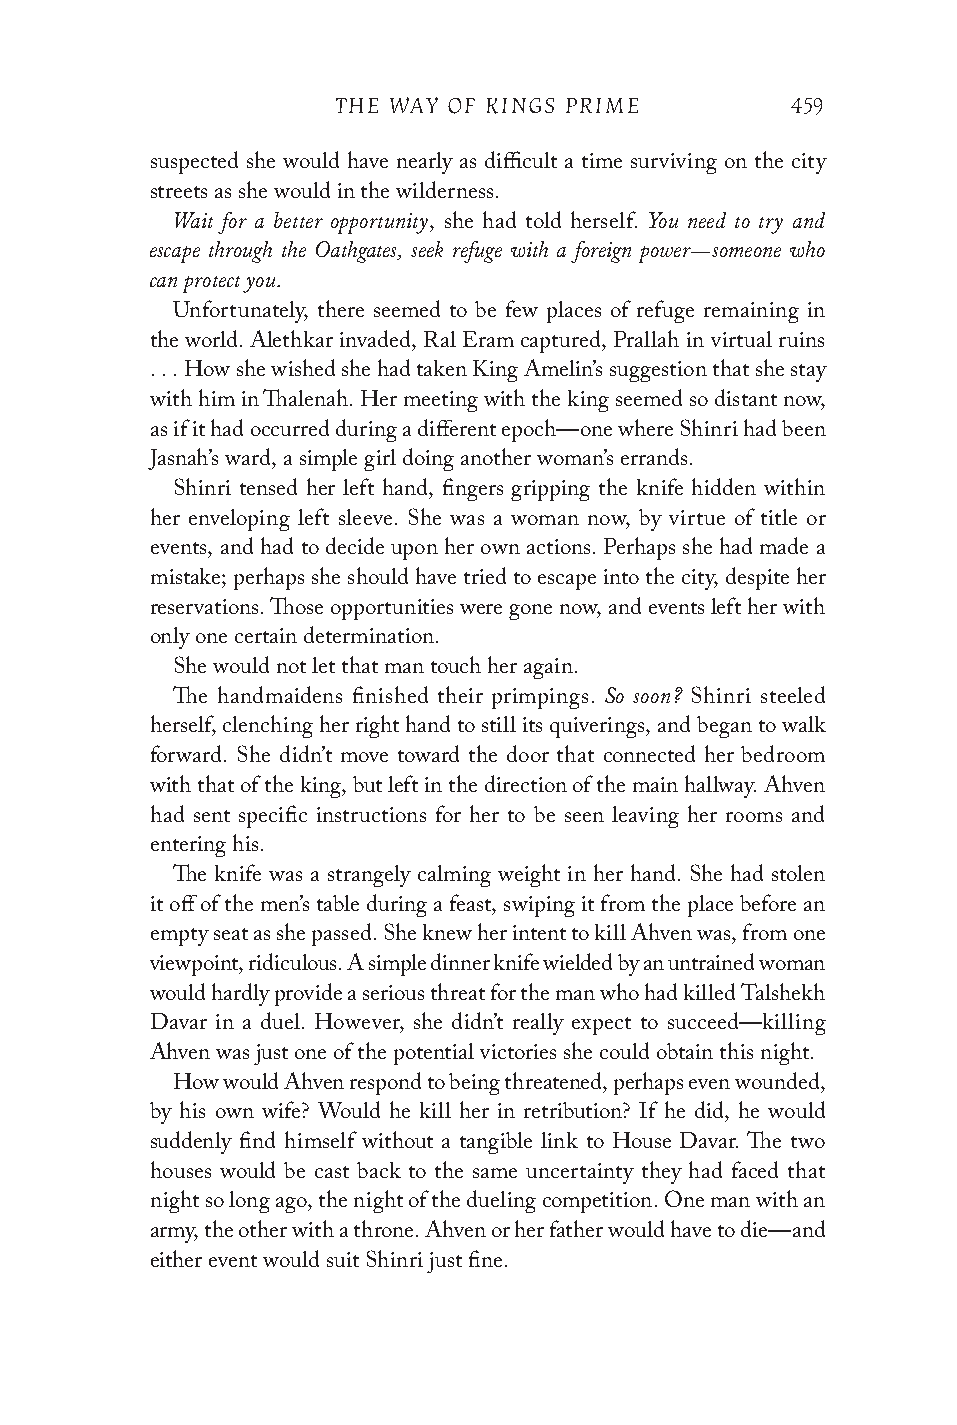
THE WAY OF KINGS PRIME        459
 suspected she would have nearly as difficult a time surviving on the city
 streets as she would in the wilderness.
 Wait for a better opportunity   You need to try and
 , she had told herself.
 escape through the Oathgates, seek refuge with a foreign power—someone who
 can protect you.
 Unfortunately, there seemed to be few places of refuge remaining in
 the world. Alethkar invaded, Ral Eram captured, Prallah in virtual ruins
 . . . How she wished she had taken King Amelin’s suggestion that she stay
 with him in Thalenah. Her meeting with the king seemed so distant now,
 as if it had occurred during a different epoch—one where Shinri had been
 Jasnah’s ward, a simple girl doing another woman’s errands.
 Shinri tensed her left hand, fingers gripping the knife hidden within
 her enveloping left sleeve. She was a woman now, by virtue of title or
 events, and had to decide upon her own actions. Perhaps she had made a
 mistake; perhaps she should have tried to escape into the city, despite her
 reservations. Those opportunities were gone now, and events left her with
 only one certain determination.
 She would not let that man touch her again.
 So soon?
 The handmaidens finished their primpings. Shinri steeled
 herself, clenching her right hand to still its quiverings, and began to walk
 forward. She didn’t move toward the door that connected her bedroom
 with that of the king, but left in the direction of the main hallway. Ahven
 had sent specific instructions for her to be seen leaving her rooms and
 entering his.
 The knife was a strangely calming weight in her hand. She had stolen
 it off of the men’s table during a feast, swiping it from the place before an
 empty seat as she passed. She knew her intent to kill Ahven was, from one
 viewpoint, ridiculous. A simple dinner knife wielded by an untrained woman
 would hardly provide a serious threat for the man who had killed Talshekh
 Davar in a duel. However, she didn’t really expect to succeed—killing
 Ahven was just one of the potential victories she could obtain this night.
 How would Ahven respond to being threatened, perhaps even wounded,
 by his own wife? Would he kill her in retribution? If he did, he would
 suddenly find himself without a tangible link to House Davar. The two
 houses would be cast back to the same uncertainty they had faced that
 night so long ago, the night of the dueling competition. One man with an
 army, the other with a throne. Ahven or her father would have to die—and
 either event would suit Shinri just fine.